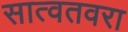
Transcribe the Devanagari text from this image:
सात्वतवरा